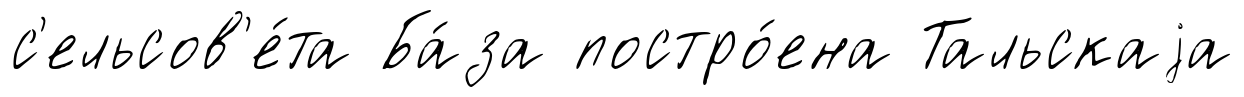
с'ельсов'е́та Ба́за постро́ена Тальскаjа